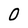
Character: O